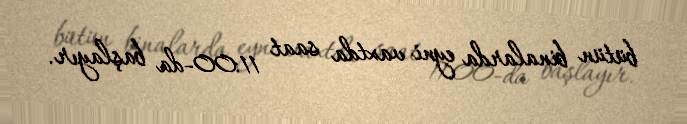
bütün binalarda eyni vaxtda saat 11:00-da başlayır.